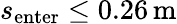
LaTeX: s_{\mathrm{enter}}\le 0.26\, \mathrm{m}